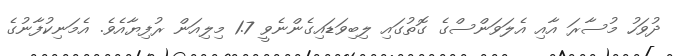
ދުވަހު މުސާރަ އާއި އެލަވަންސްގެ ގޮތުގައި ލިބިވަޑައިގެންނެވީ 1.7 މިލިއަން ރުފިޔާއެވެ. އެމަނިކުފާނުގެ